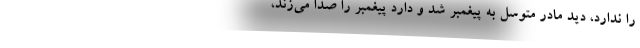
را ندارد، دید مادر متوسل به پیغمبر شد و دارد پیغمبر را صدا می‌زند،